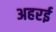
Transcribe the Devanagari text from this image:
अहरई